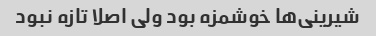
شیرینی‌ها خوشمزه بود ولی اصلا تازه نبود